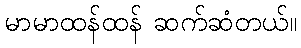
မာမာထန်ထန် ဆက်ဆံတယ်။